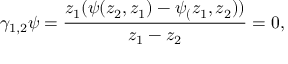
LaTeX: \gamma _ { 1 , 2 } \psi = \frac { z _ { 1 } ( \psi ( z _ { 2 } , z _ { 1 } ) - \psi _ { ( } z _ { 1 } , z _ { 2 } ) ) } { z _ { 1 } - z _ { 2 } } = 0 ,